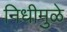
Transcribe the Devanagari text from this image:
निधीमुळे